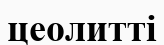
цеолитті